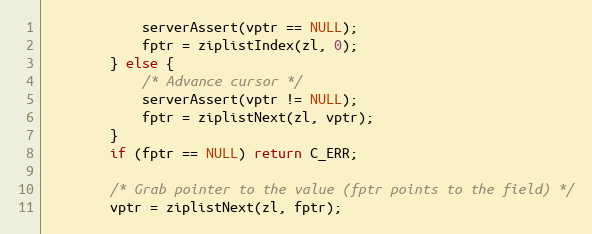
Language: C
            serverAssert(vptr == NULL);
            fptr = ziplistIndex(zl, 0);
        } else {
            /* Advance cursor */
            serverAssert(vptr != NULL);
            fptr = ziplistNext(zl, vptr);
        }
        if (fptr == NULL) return C_ERR;

        /* Grab pointer to the value (fptr points to the field) */
        vptr = ziplistNext(zl, fptr);